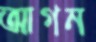
আগন